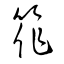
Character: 筰